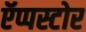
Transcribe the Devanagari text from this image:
ऍप्पस्टोर